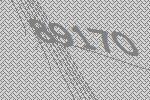
89170